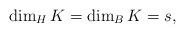
LaTeX: \begin{align*} \dim_H K=\dim_B K =s,\end{align*}